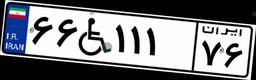
۶۶W۱۱۱۷۶